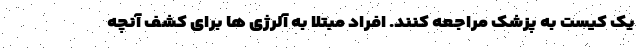
یک کیست به پزشک مراجعه کنند. افراد مبتلا به آلرژی ها برای کشف آنچه